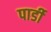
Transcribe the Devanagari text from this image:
पार्डी